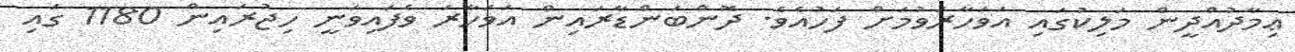
ޢިމާދުއްދީން މަލިކުގައި އަވަހާރަވުމަށް ފަހުއެވެ. ދޮންބަންޑާރައިން އަވަހާރަ ވެފައިވަނީ ހިޖުރައިން 1180 ގައި